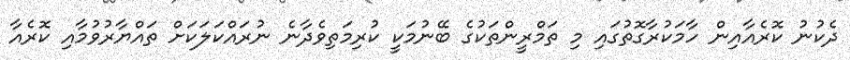
ދެކުނު ކޮރެއާއިން ހާމަކުރާގޮތުގައި މި ތަމްރީންތަކުގެ ބޭނުމަކީ ކުރިމަތިވެދާނެ ނުރައްކަލަކަށް ތައްޔާރުވުމާއި ކޮރެއާ